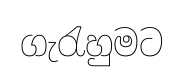
ගැරැහුමට